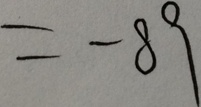
= - 8 9